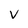
Character: v